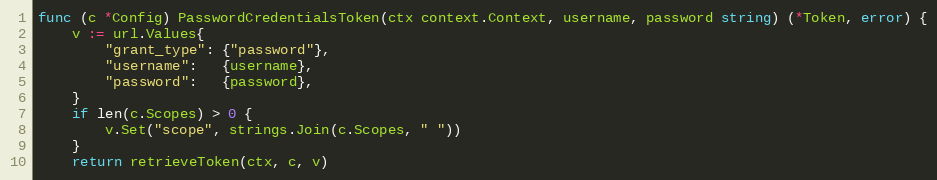
Language: Go
func (c *Config) PasswordCredentialsToken(ctx context.Context, username, password string) (*Token, error) {
	v := url.Values{
		"grant_type": {"password"},
		"username":   {username},
		"password":   {password},
	}
	if len(c.Scopes) > 0 {
		v.Set("scope", strings.Join(c.Scopes, " "))
	}
	return retrieveToken(ctx, c, v)